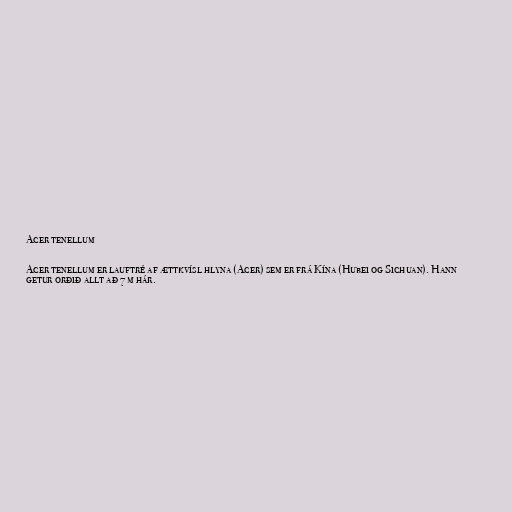
Acer tenellum

Acer tenellum er lauftré af ættkvísl hlyna (Acer) sem er frá Kína (Hubei og Sichuan). Hann
getur orðið allt að 7 m hár.